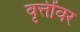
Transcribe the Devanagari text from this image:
वृत्तींवर